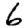
Digit: 6